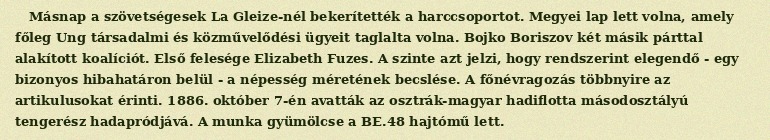
Másnap a szövetségesek La Gleize-nél bekerítették a harccsoportot. Megyei lap lett volna, amely főleg Ung társadalmi és közművelődési ügyeit taglalta volna. Bojko Boriszov két másik párttal alakított koalíciót. Első felesége Elizabeth Fuzes. A szinte azt jelzi, hogy rendszerint elegendő - egy bizonyos hibahatáron belül - a népesség méretének becslése. A főnévragozás többnyire az artikulusokat érinti. 1886. október 7-én avatták az osztrák-magyar hadiflotta másodosztályú tengerész hadapródjává. A munka gyümölcse a BE.48 hajtómű lett.